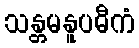
သန္တမနူပဓီကံ